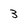
Character: 3